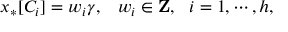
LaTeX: x _ { * } [ C _ { i } ] = w _ { i } \gamma , \, \, \, \, \, w _ { i } \in { \bf Z } , \, \, \, \, i = 1 , \cdots , h ,